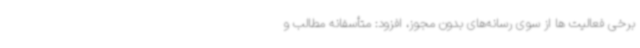
برخی فعالیت ها از سوی رسانه‌های بدون مجوز، افزود: متأسفانه مطالب و